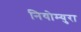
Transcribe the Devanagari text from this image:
नियोम्युरा